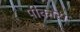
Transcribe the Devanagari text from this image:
पीकास